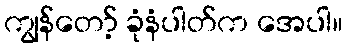
ကျွန်တော့် ခုံနံပါတ်က အေပါ။